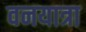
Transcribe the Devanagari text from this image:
वनयात्रा